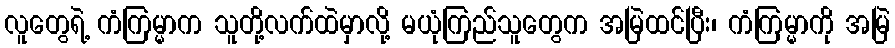
လူတွေရဲ့ ကံကြမ္မာက သူတို့လက်ထဲမှာလို့ မယုံကြည်သူတွေက အမြဲထင်ပြီး၊ ကံကြမ္မာကို အမြဲ